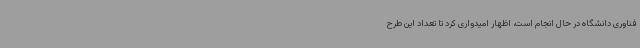
فناوری دانشگاه در حال انجام است، اظهار امیدواری کرد تا تعداد این طرح